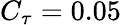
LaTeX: C_{\tau}=0.05